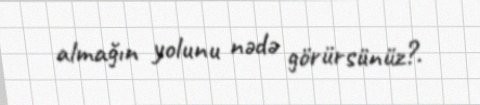
almağın yolunu nədə görürsünüz?.